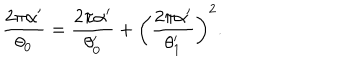
\frac { 2 \pi \alpha ^ { \prime } } { \theta _ { 0 } } = \frac { 2 \pi \alpha ^ { \prime } } { \theta _ { 0 } ^ { \prime } } + \biggl ( \frac { 2 \pi \alpha ^ { \prime } } { \theta _ { 1 } ^ { \prime } } \biggr ) ^ { 2 } .